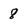
Character: 8